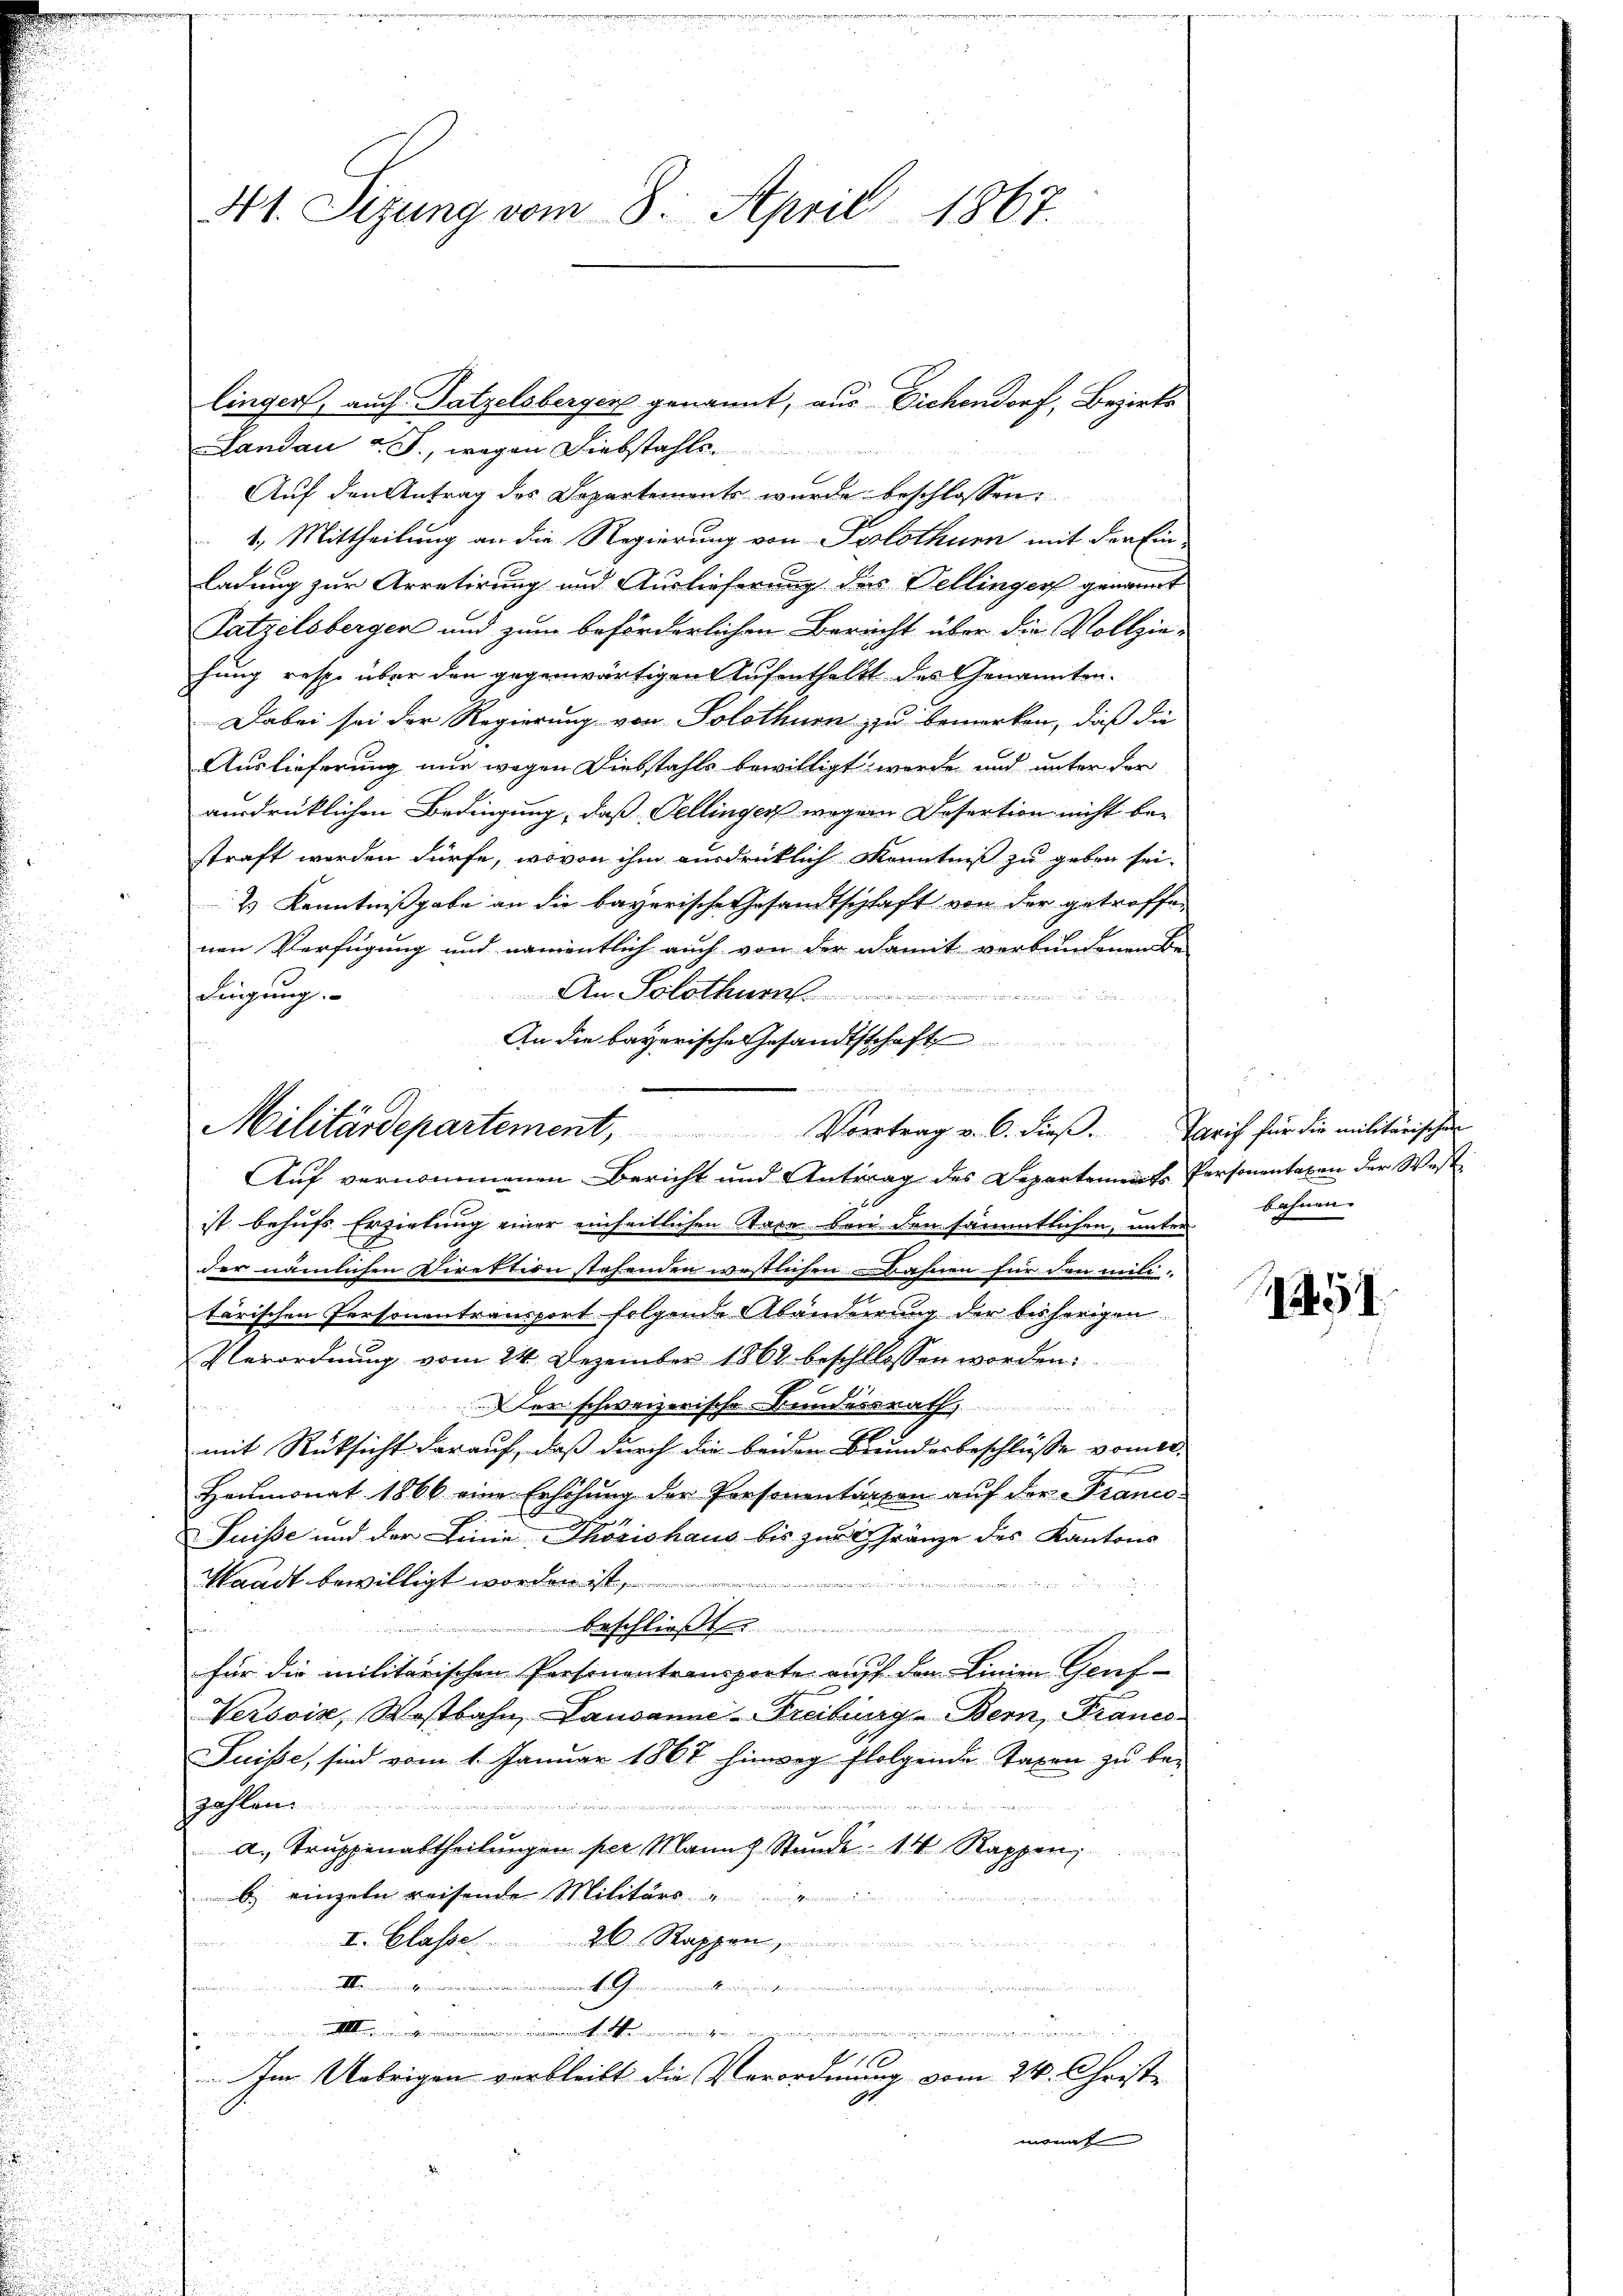
Landau v. J., wegen Diebstahle
Auf den Antrag des Departements wurde beschlossen:
1.) Mittheilung an die Regierung von Pilothurn mit der Ein-
ladung zur Arretirung und Auslieferung des Dellingers genannt
Patzelsbergen und zum beförderlichen Bericht über die Vollziehung resp. über den gegenwärtigen Aufenthalt des Genannten-
Dabei sei der Regierung von Solothurn zu bemerken, daß die
Auslieferung nur wegen Diebstahls bewilligt worde und unter der
ausdrücklichen Bedingung, daß Pellingen wegen Desertion nicht be-
straft werden dürfe, wovon ihm ausdrücklich Kenntniß zu geben sei.
2) Kenntnißgabe an die bayerische Gesandtschlaft von der getroffenen Verfügung und namentlich auch von der Damit verbundenen Be-
An Solothur
dingung.
ist behufs Erzielung einer einheitlichen Taxe bei den sämmtlichen, unter bahnen-
der nämlichen Direktion stehenden westlichen Bahnen für den mit-
tärischen Personentransport folgende Abänderrung der bisherigen
Verordnung vom 24. Dezember 1862 beschllossen worden:
9
Der schweizerische Bundesrath
n
mit Rücksicht darauf, daß durch die beiden Bundesbeschlüsse vom 1.
Heumonat 1866 eine Erhöhŭng der Personentarson aŭf der Francs
Suisse und der Linie Thorishaus bis zur Gränze des Kantons
Waadt bewilligt worden ist,

in
beschließt
für die militärischen Personentransporte auff den Linien Geref-
x
Versoix, Wostbahn, Lausanne-Freiburg - Bern, Francs
Suisse, sind vom 1. Januar 1867 hinweg ffolgende Taxen zu beit
Z
a. Truppenabtheilungen per Mann Stunde 14 Rappen,

b. einzeln reisende Militärs
II. Classe 20 Rappen
e
alemannigen
........................................................
atellung in dieser dienen
.
100
Im Uebrigen verbleibt die Verordnung vom 24. Christe
92
monat

41. Sizung vom 8. April 1867.
linger, auch Satzelsberger genannt, aus Sichendorf, Bezirks

An die bayerische Gesandtschaft

Militärdepartement, Vortrag v. 6. dieβ. Tarif für die militärischen
Auf vernommenen Bericht und Antrag des Departements Personentaxen der West¬

1451.